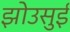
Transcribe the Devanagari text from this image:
झोउसुई